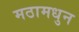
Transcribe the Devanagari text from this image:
मठामधुन